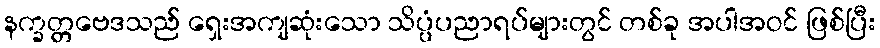
နက္ခတ္တဗေဒသည် ရှေးအကျဆုံးသော သိပ္ပံပညာရပ်များတွင် တစ်ခု အပါအဝင် ဖြစ်ပြီး